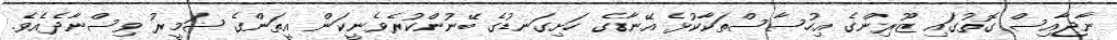
ނާޖާއިސް ގޮތުގައި ޒޫރިންގެ އިހުސާސްތަކާކުޅެ އޭނާގެ ހަށިގަނޑުގެ ބޭނުންކުރެވެނީކަން އީތަންގެ ޟަމީރު ވިސްނާދެއެވެ.